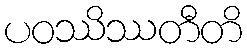
ပဝဿိဿတီတိ